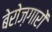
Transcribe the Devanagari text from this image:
बेरोज़गारों